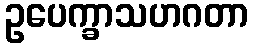
ဥပေက္ခာသဟဂတာ